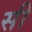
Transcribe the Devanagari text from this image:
सी